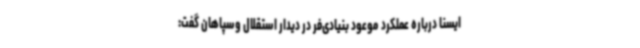
ایسنا درباره عملکرد موعود بنیادی‌فر در دیدار استقلال وسپاهان گفت: